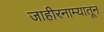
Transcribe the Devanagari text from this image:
जाहीरनाम्यातून